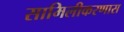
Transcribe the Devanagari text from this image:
सामिलीकरणास